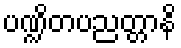
ပဏ္ဍိတပညတ္တာနိ